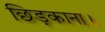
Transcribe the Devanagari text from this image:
छिड़काना।